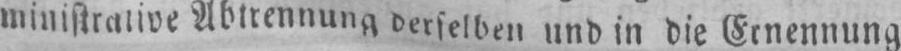
Abtrennung derselben und in die Ernennung